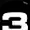
Digit: 3